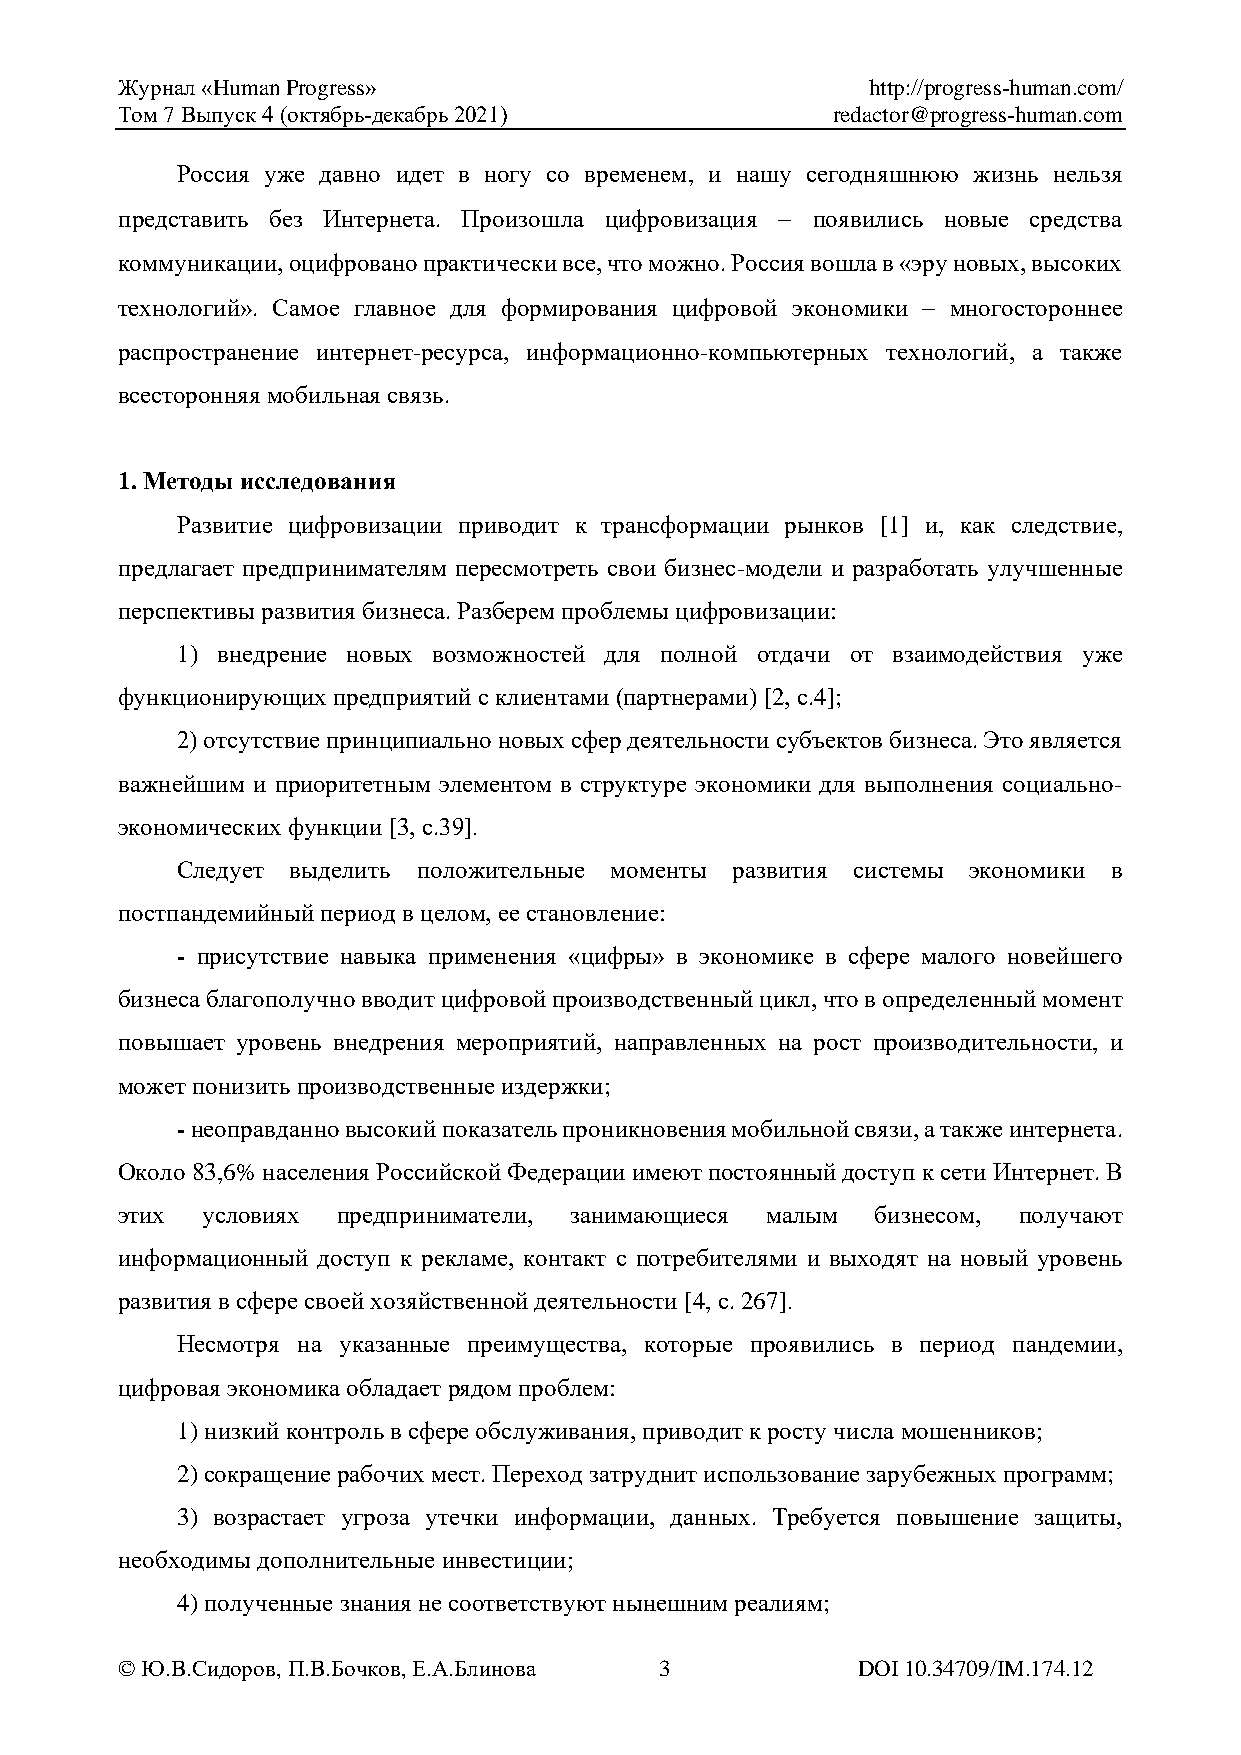
Журнал «Human Progress»                          http://progress-human.com/
 Том 7 Выпуск 4 (октябрь-декабрь 2021)          redactor@progress-human.com
 Россия уже давно идет в ногу со временем, и нашу сегодняшнюю жизнь нельзя
 представить без Интернета. Произошла цифровизация − появились новые средства
 коммуникации, оцифровано практически все, что можно. Россия вошла в «эру новых, высоких
 технологий». Самое главное для формирования цифровой экономики − многостороннее
 распространение интернет-ресурса, информационно-компьютерных технологий, а также
 всесторонняя мобильная связь.
 1. Методы исследования
 Развитие цифровизации приводит к трансформации рынков [1] и, как следствие,
 предлагает предпринимателям пересмотреть свои бизнес-модели и разработать улучшенные
 перспективы развития бизнеса. Разберем проблемы цифровизации:
 1) внедрение новых возможностей для полной отдачи от взаимодействия уже
 функционирующих предприятий с клиентами (партнерами) [2, с.4];
 2) отсутствие принципиально новых сфер деятельности субъектов бизнеса. Это является
 важнейшим и приоритетным элементом в структуре экономики для выполнения социально-
 экономических функции [3, с.39].
 Следует выделить положительные моменты развития системы экономики в
 постпандемийный период в целом, ее становление:
 - присутствие навыка применения «цифры» в экономике в сфере малого новейшего
 бизнеса благополучно вводит цифровой производственный цикл, что в определенный момент
 повышает уровень внедрения мероприятий, направленных на рост производительности, и
 может понизить производственные издержки;
 - неоправданно высокий показатель проникновения мобильной связи, а также интернета.
 Около 83,6% населения Российской Федерации имеют постоянный доступ к сети Интернет. В
 этих условиях предприниматели, занимающиеся малым бизнесом, получают
 информационный доступ к рекламе, контакт с потребителями и выходят на новый уровень
 развития в сфере своей хозяйственной деятельности [4, с. 267].
 Несмотря на указанные преимущества, которые проявились в период пандемии,
 цифровая экономика обладает рядом проблем:
 1) низкий контроль в сфере обслуживания, приводит к росту числа мошенников;
 2) сокращение рабочих мест. Переход затруднит использование зарубежных программ;
 3) возрастает угроза утечки информации, данных. Требуется повышение защиты,
 необходимы дополнительные инвестиции;
 4) полученные знания не соответствуют нынешним реалиям;
 © Ю.В.Сидоров, П.В.Бочков, Е.А.Блинова 3         DOI 10.34709/IM.174.12